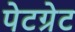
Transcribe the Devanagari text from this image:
पेटग्रेट